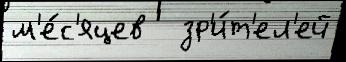
м'е́с'яцев   зр'и́т'ел'ей